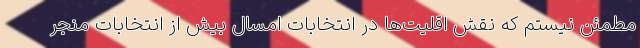
مطمئن نیستم که نقش اقلیت‌ها در انتخابات امسال بیش از انتخابات منجر